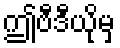
ဤဗီဒီယိုမှ